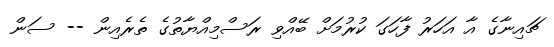
ޗައިނާގެ އާ އަހަރު ފާހަގަ ކުރުމަށް ބޭއްވި ރަސްމިއްޔާތުގެ ތެރެއިން -- ސަން